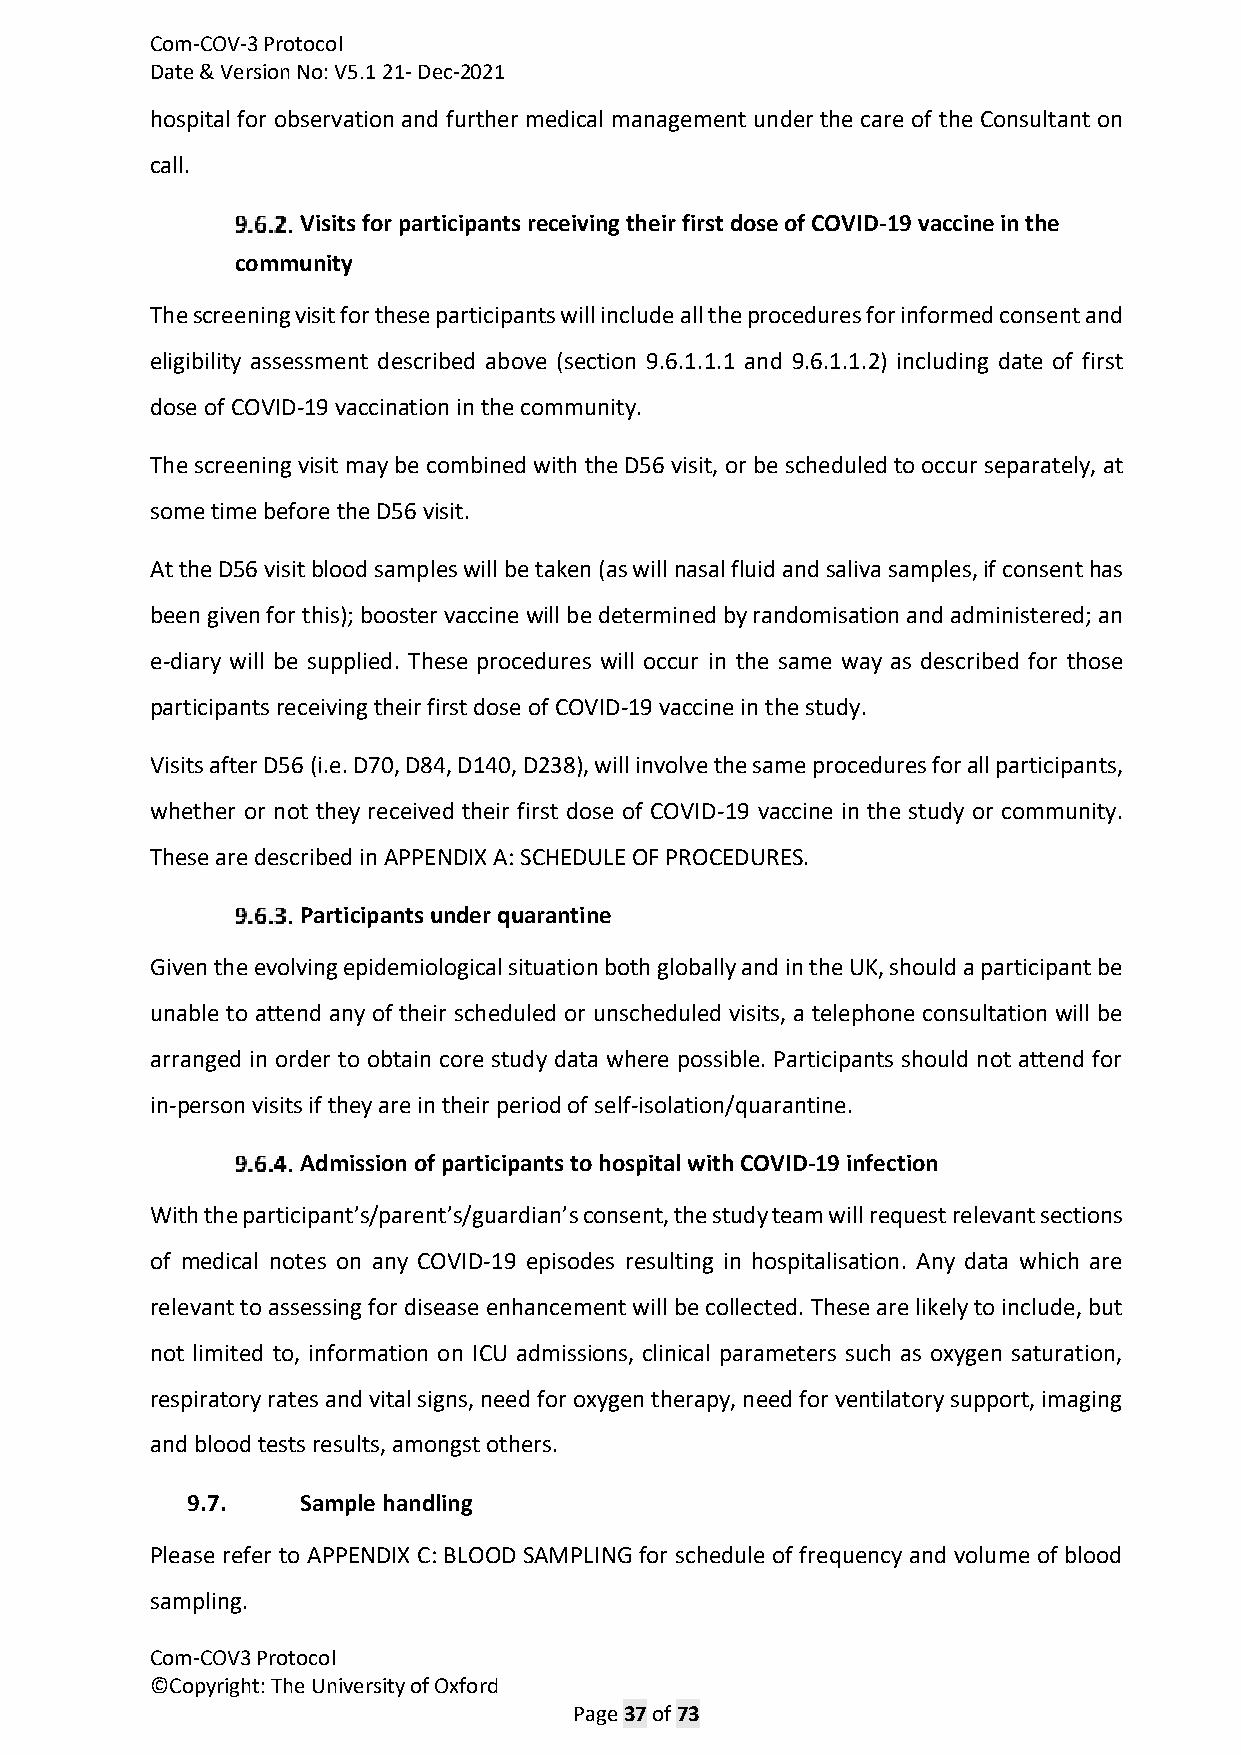
Com-COV-3 Protocol
 Date & Version No: V5.1 21- Dec-2021
 hospital for observation and further medical management under the care of the Consultant on
 call.
 Visits for participants receiving their first dose of COVID-19 vaccine in the
 community
 The screening visit for these participants will include all the procedures for informed consent and
 eligibility assessment described above (section 9.6.1.1.1 and 9.6.1.1.2) including date of first
 dose of COVID-19 vaccination in the community.
 The screening visit may be combined with the D56 visit, or be scheduled to occur separately, at
 some time before the D56 visit.
 At the D56 visit blood samples will be taken (as will nasal fluid and saliva samples, if consent has
 been given for this); booster vaccine will be determined by randomisation and administered; an
 e-diary will be supplied. These procedures will occur in the same way as described for those
 participants receiving their first dose of COVID-19 vaccine in the study.
 Visits after D56 (i.e. D70, D84, D140, D238), will involve the same procedures for all participants,
 whether or not they received their first dose of COVID-19 vaccine in the study or community.
 These are described in APPENDIX A: SCHEDULE OF PROCEDURES.
 Participants under quarantine
 Given the evolving epidemiological situation both globally and in the UK, should a participant be
 unable to attend any of their scheduled or unscheduled visits, a telephone consultation will be
 arranged in order to obtain core study data where possible. Participants should not attend for
 in-person visits if they are in their period of self-isolation/quarantine.
 Admission of participants to hospital with COVID-19 infection
 With the participant’s/parent’s/guardian’s consent, the study team will request relevant sections
 of medical notes on any COVID-19 episodes resulting in hospitalisation. Any data which are
 relevant to assessing for disease enhancement will be collected. These are likely to include, but
 not limited to, information on ICU admissions, clinical parameters such as oxygen saturation,
 respiratory rates and vital signs, need for oxygen therapy, need for ventilatory support, imaging
 and blood tests results, amongst others.
 9.7.    Sample handling
 Please refer to APPENDIX C: BLOOD SAMPLING for schedule of frequency and volume of blood
 sampling.
 Com-COV3 Protocol
 ©Copyright: The University of Oxford
 Page 37 of 73